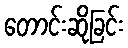
တောင်းဆိုခြင်း